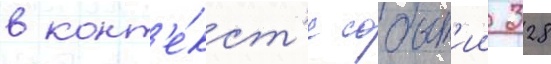
в конт'е́кст'е событ'ии 328